Bréfritari: Aldís Laxdal
Dagsetning: A-1894-02-18
Skrifað á: Görðum

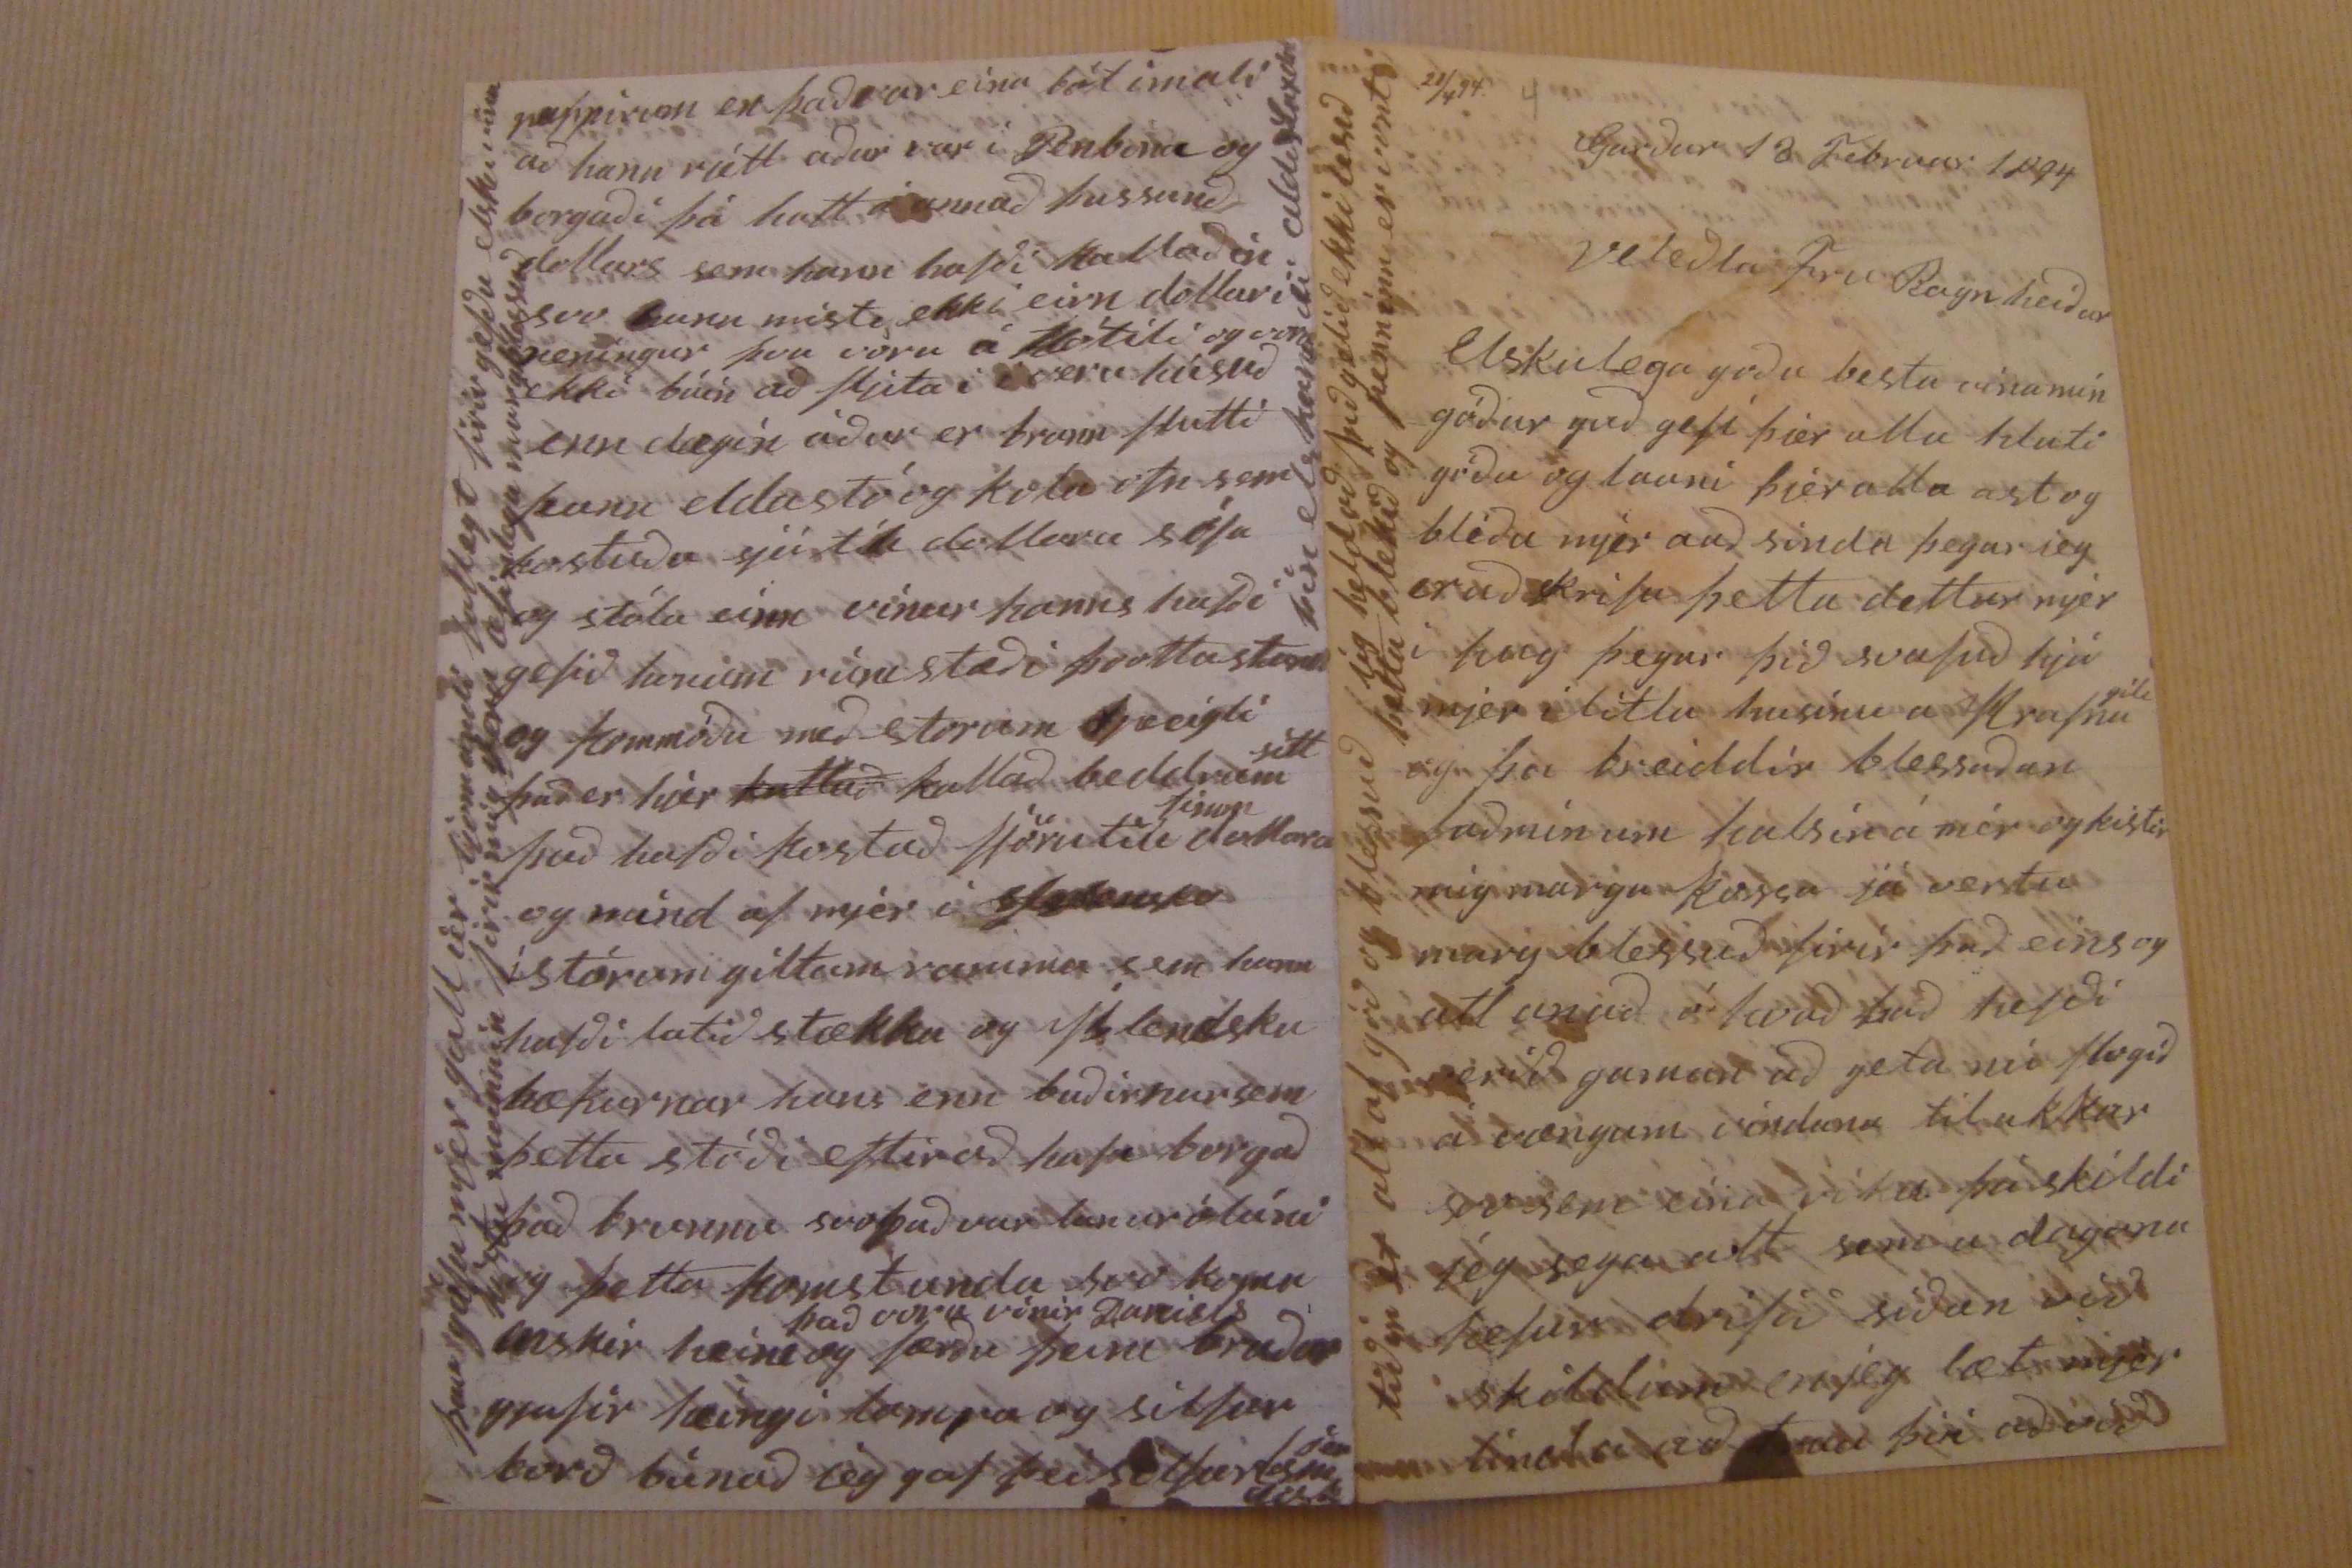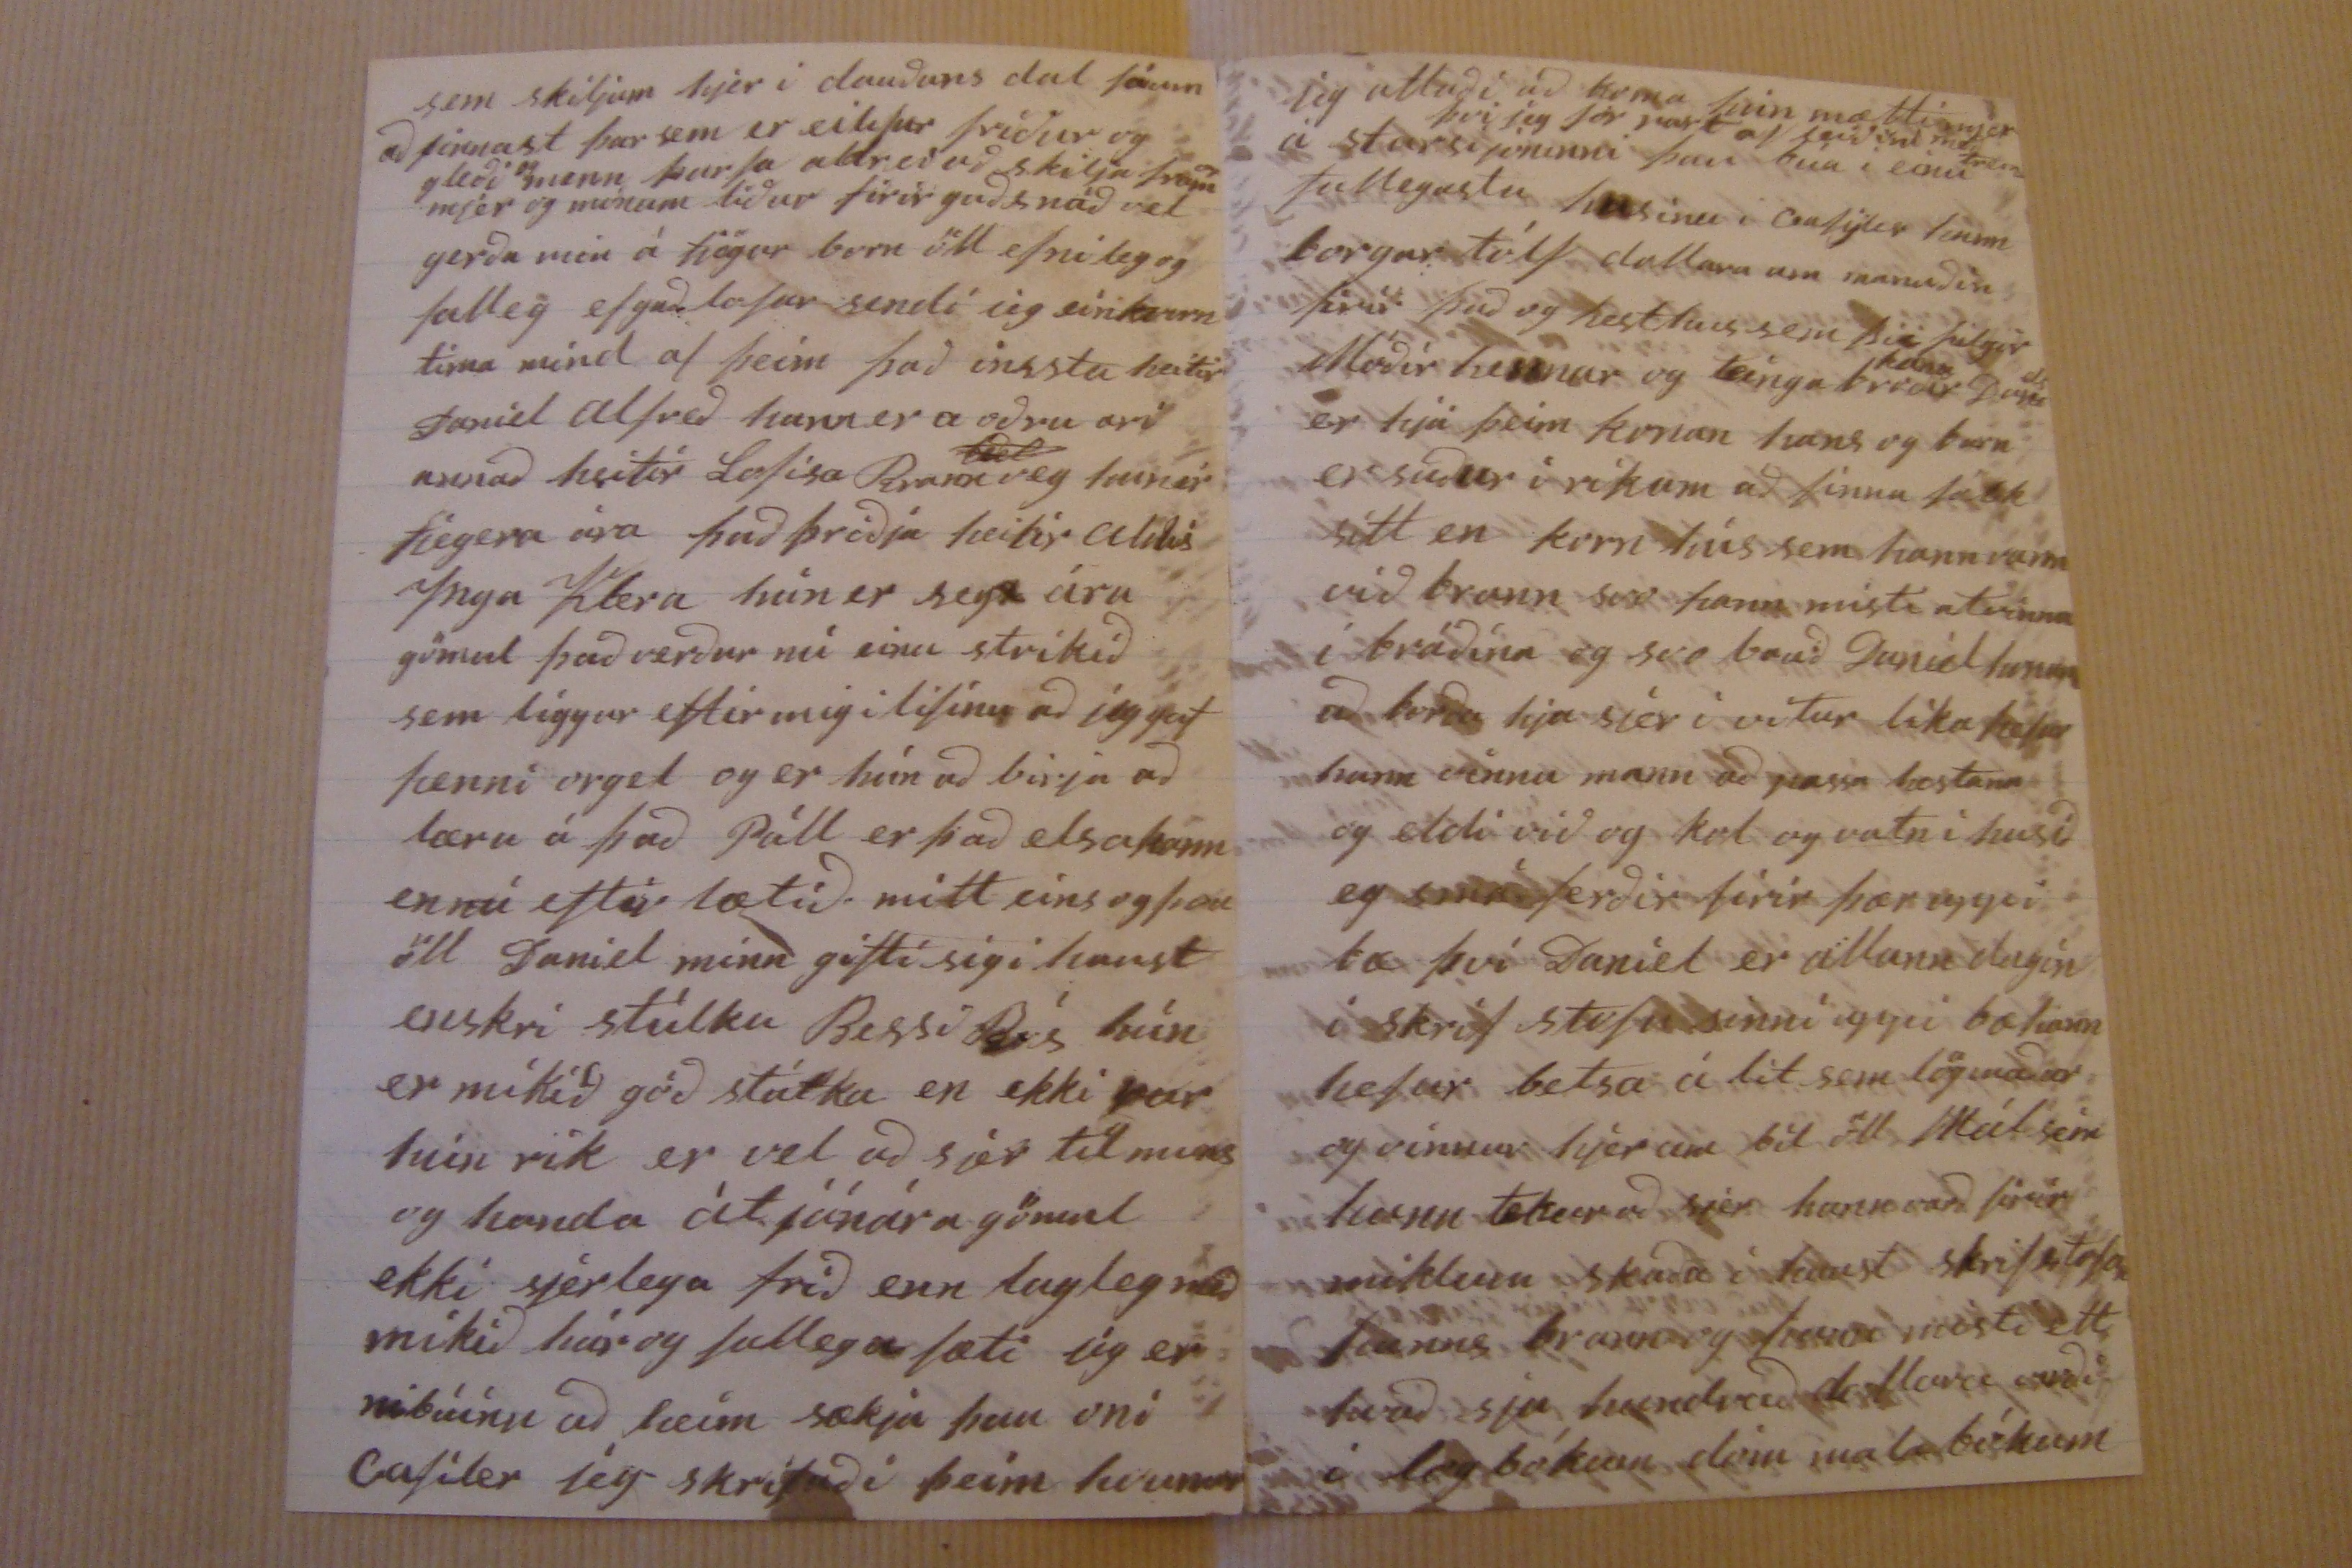

21/4 94
Gardur 18 Februar 1894
Veledla Fru Ragnheidur
Elskulega goda besta vina mín gódur gud gefí þiér alla hluti góda og launi þiér alla ást og blídu mjér aud sinda þegar ieg er ad skrifa þetta dettur mjér í hug þegar þid svafud hjá mjer í litlu husinu a Hrafna
gíli
nje
þa breiddír blessadan fadminum halsin á mér ogkistir mig marga kossa já vertu marg blessud firir þad eins og atl anad ó hvad þad hefdi verid gaman ad geta nú flogid á vængum vindana til ukkar svo sem eína viku þá skildi jég seya alt sem a dagana hefur drifa sidan vid skildum jeg læt mjer linda ad
trua
þin ad vid
tidin er altaf gód og blessud jeg held ad þid getid ekki lesid þetta blekid og penninn er vont
sem skiljum hjer i dauðans dal fáum ad finnast þar sem er eilifur friður og gleði
og
menn þurfa aldrei að skilja fram
og
mjer og minum liður firir guðs náð vel gerða min á fjögur born öll efnileg og falleg ef guð lofar sendi jeg eínkum tima mind af þeim það ingsta heitir Daníel alfreð hann er a oðru ari annað heitir Lofísa Rvannveg
biel
hun er fjegera ára þad þriðja heitir aldís Ynga Klera hún er segs ára gömul það verður nú einu strikið sem liggur eftir mig i lifinu að jeg gef henni orgel og er hún að birja að læra á það Páll er það elsa hann en nú eftir lætið mitt eins og þau öll Daniel minn gifti sig i haust enskri stúlku Bessi Rós hún er mikið góð stúlka en ekki þar hún rik er vel að sér til muns og handa át jánára gömul ekki sjerlega fríð enn lagleg með mikið hár og fallega fæti jeg er nibúín að heim sækja þau oní Cafíler jeg skrifaði þeím hvunær
pappirinn en það var eina bát i mali að hann rjett aður var í Penbína og borgaði þá hatt á annað þussund dollars sem hann hafði kallað ín svo hann misti ekki einn dollari peníngur þvu voru á Hótíli og voru ekki búin að fljia i i veru húsuð enn dægin áður er brann flutti hann eldastó og kola ofn sem kostuðu sjú tíu dollara sófa og stóla einn vinur hanns hafði gefið honum rúm stæði þvotta stann og kommóðu með storum tjæeipti það er hjer
kattað
kallað beddrum
sitt
það hafði kostað fjörutíu
tisum
dollara og mind af mjér i slekusta í stórum giltum ramma sem hann hafði latið stækka og Íslendsku bækurnar hans enn buðirnar sem þetta stóði eftir að hafa borgað það brunnu svo það var lanuróláni og þetta komst unda svo komu enskir heim
það voru vinir Daniels
færðu þeim bruðar gjafir læíngi lampa og silfur borð búnað jeg gaf þei
silfærlesi duk
þau gáfu mjer gall úr ljomandi fallegt firir gefðu elsku vina kistu meinnin firir mig
fera
æfinlega margblessuð
þín elskandi aldis Laxdal
jeg atlaði að koma hún mætti mjer á starsi jóninni
þvi jeg fór vart af Seiðinl með telin
þau búa i einu fallegasta husinu i Cafyler hann borgat tólf dollara um manuðin firir það og hesthus sem hia filgir Móðír hennar og teinga broðir
kona
Dani
els
er hjá þeim konan hans og barn er suður i rikum að finna fólk sítt en korn hús sem hann vann við brann svo hann misti atvinnu í bráðína og svo bauð Daníel
hinum
að borða hja sjer í vetur líka hefur hann vinnu mann að passa hestana og eldi við og kol og vatn í husið eg smá ferðir firir þær uppi bæ því Daníel er allann dagin í skrif stofu sinni upppi bæhann hefur betra á lit sem lögmaður og vinnur hjer um bil öll Mál sem hann tekur að sjer hann varð firir miklum skaða í haust skrifstofan hanns brann og hann misti alt hvað sju hundurð dollara urðu í log bókum dóm malabókum